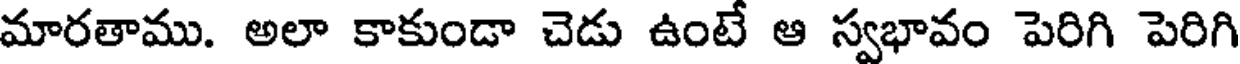
మారతాము. అలా కాకుండా చెడు ఉంటే ఆ స్వభావం పెరిగి పెరిగి